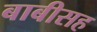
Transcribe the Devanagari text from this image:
बाबीसह